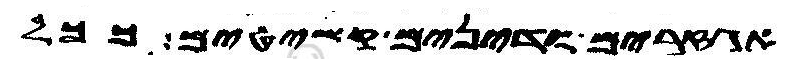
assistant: אגזרים ודינים קשיטים ככל